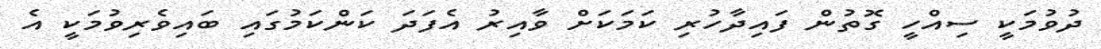
ދުވުމަކީ ސިއްހީ ގޮތުން ފައިދާހުރި ކަމަކަށް ވާއިރު އެފަދަ ކަންކަމުގައި ބައިވެރިވުމަކީ އެ